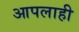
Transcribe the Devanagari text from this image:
आपलाही